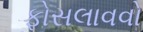
ફોસલાવવો